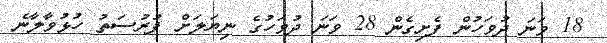
18 ވަނަ ދުވަހުން ފެށިގެން 28 ވަނަ ދުވަހުގެ ނިޔަލަށް ފުރުސަތު ހުޅުވާލާނެ